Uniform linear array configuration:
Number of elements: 4
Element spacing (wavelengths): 0.5
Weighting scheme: exponential
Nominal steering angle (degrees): -15
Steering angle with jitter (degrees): -14.585
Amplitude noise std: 0.05
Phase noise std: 0.05

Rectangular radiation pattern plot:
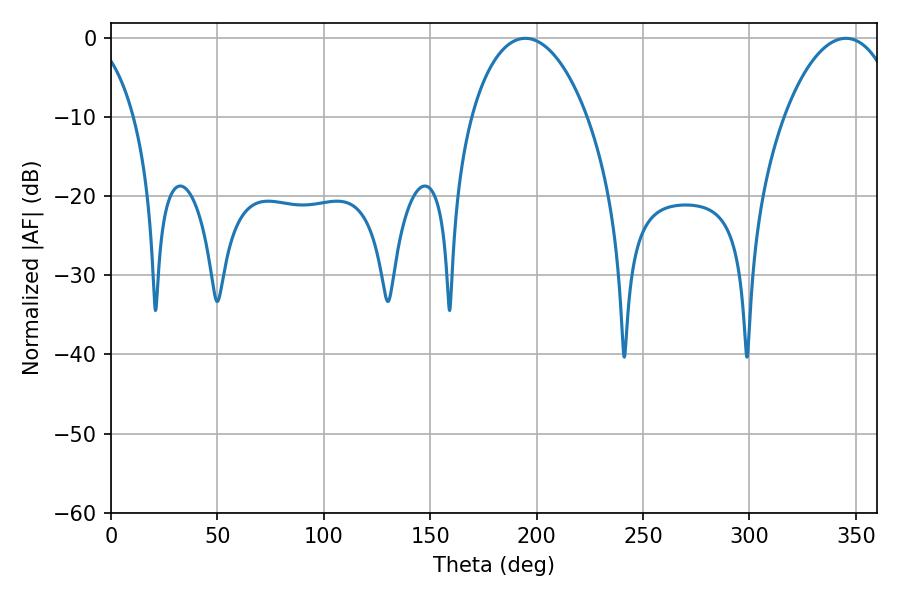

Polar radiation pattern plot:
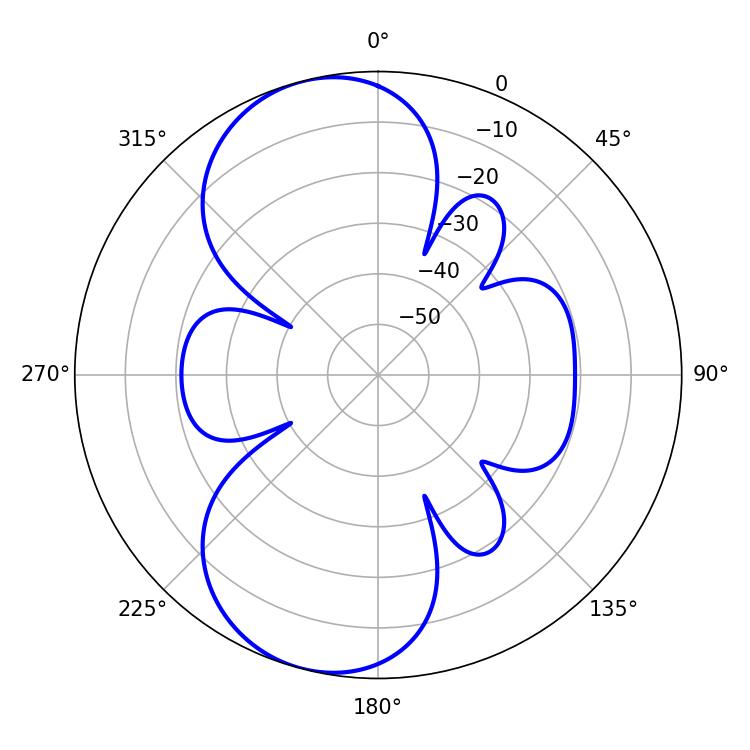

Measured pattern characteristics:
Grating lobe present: FALSE
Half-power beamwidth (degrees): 30.96
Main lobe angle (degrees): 194.76